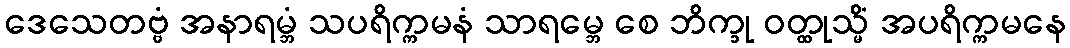
ဒေသေတဗ္ဗံ အနာရမ္ဘံ သပရိက္ကမနံ သာရမ္ဘေ စေ ဘိက္ခု ဝတ္ထုသ္မိံ အပရိက္ကမနေ